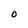
Character: O